Annual report of the Punjab Veterinary College and of the Civil Veterinary Department, Punjab - 1909-1919
Year: 1909
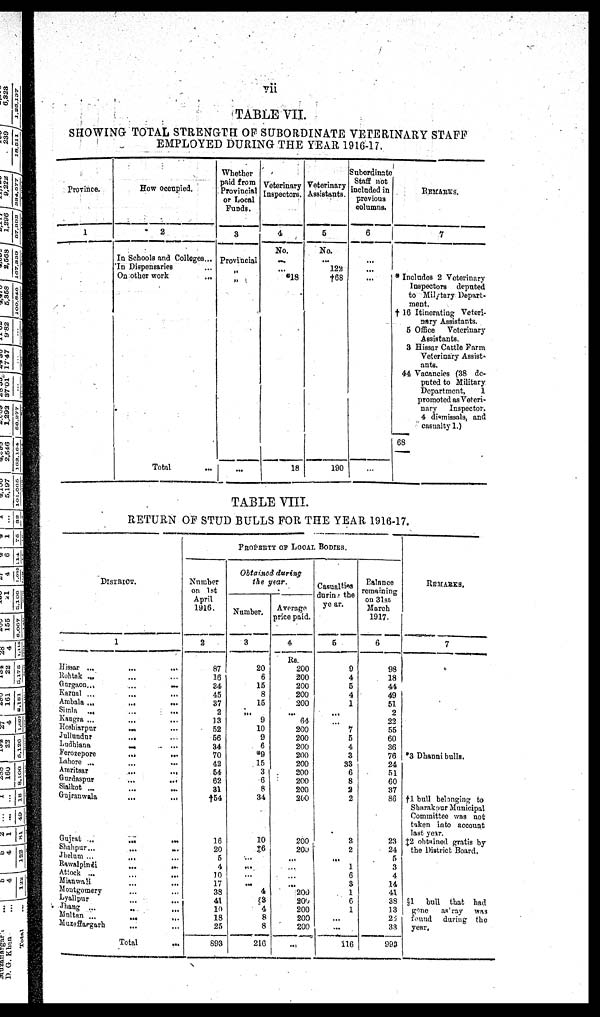
vii
TABLE VII.
SHOWING TOTAL STRENGTH OF SUBORDINATE VETERINARY STAFF
EMPLOYED DURING THE YEAR 1916-17.
Province.
1
How occupied.
2
In Schools and Colleges...
In Dispensaries ...
On other work
...
Total ...
Whether
paid from
Provincial
or Local
Funds.
3
Provincial
„
„
...
Veterinary
Inspectors.
4
No.
...
...
*18
18
Voterinary
Assistants.
5
No.
...
122
t68
190
Subordinate
Staff not
included in
previous
columns.
6
...
...
...
REMARKS.
7
* Includes 2 Veterinary
Inspectors deputed
to Milytory Depart-
ment.
† 16 Itinerating Veteri-
nary Assistants.
5 Office
Veterinary
Assistants.
3 Hissar Cattle Farm
Veterinary Assist-
ants.
44 Vacancies (38 de-
puted to Military
Department,
1
promoted as Veteri-
nary
Inspector.
4 dismissals, and
casualty 1.)
68
TABLE VIII.
RETURN OF STUD BULLS FOR THE YEAR 1916-17.
DISTRICT.
1
Hissar ... ... ...
Rohtak ... ... ...
Gurgaon
...
...
...
Karnal ... ... ...
Ambala
...
...
...
Simla ... ... ...
Kangra ... ... ...
Hoshiarpur ... ... ...
Jullundur ... ... ...
Ludhiana
...
....
...
Ferozepore
...
...
Lshore ... ...
Amritsar
...
...
Gurdaspur
...
...
Sinikot ... ...
Gujranwala ... ...
Gujrat ...
...
...
Shahpur... ... ...
Jhelum ...
...
Rawalpindi ...
...
Attock ... ...
Mianwali ... ...
Moatgomery ... ...
Lyallpur ... ...
Jhang ... ...
Mnlten ... ...
Muzaffargarh ... ...
Total ...
Number
on 1st
April
1916.
2
87
16
34
45
37
2
13
52
56
34
70
42
64
62
31
†54
16
20
5
4
10
17
38
41
10
18
25
693
PROPERTY OF LOCAL BODIES.
Obtained during
the year.
Number.
3
20
6
15
8
15
...
9
10
9
6
9
15
3
6
8
34
10
†6
...
...
...
...
4 63
4
8
8
216
Average
price paid.
4
Rs
200
200
200
200
200
...
64
200
200
200
200
200
200
200
200
200
200
200
...
...
...
...
200
200
200
200
200
...
Casualties
during the
year.
5
9
4
5
4
1
...
...
7
5
4
3
33
6
8
2
2
3
2
...
1
6
3
1
6
1
...
...
116
Balance
remaining
on 31st
March
1917.
6
98
18
41
49
51
2
22
55
60
36
76
24
51
60
37
86
23
24
5
3
4
14
41
38
13
24
33
993
REMARKS.
7
*3 Dhanni bulls.
†1 bull belonging to
Sharakaur Municipal
Committee was not
taken into account
last year.
‡2 obtained gratis by
the District Board.
§1 bull that had
gane as ray was
found during the
year.